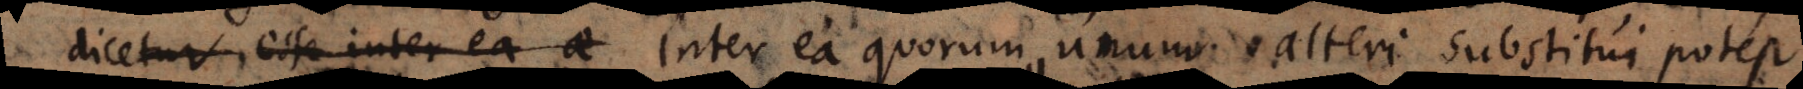
dicetur esse inter ea ae Inter ea quorum unum alteri substitui potest